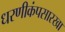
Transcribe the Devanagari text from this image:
धरणीकंपसारखा